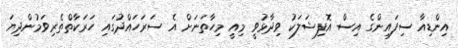
އިންޑިއާ ސިފައިންގެ އިސް އޮފިޝަލަކު ވިދާޅުވީ މިއީ މިހާތަނަށް އެ ސަރަހައްދުގައި ހަރަކާތްތެރިވަމުންދިޔަ